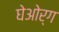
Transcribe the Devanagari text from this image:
घेओर्ग